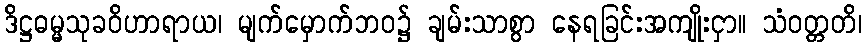
ဒိဋ္ဌဓမ္မသုခဝိဟာရာယ၊ မျက်မှောက်ဘဝ၌ ချမ်းသာစွာ နေရခြင်းအကျိုးငှာ။ သံဝတ္တတိ၊